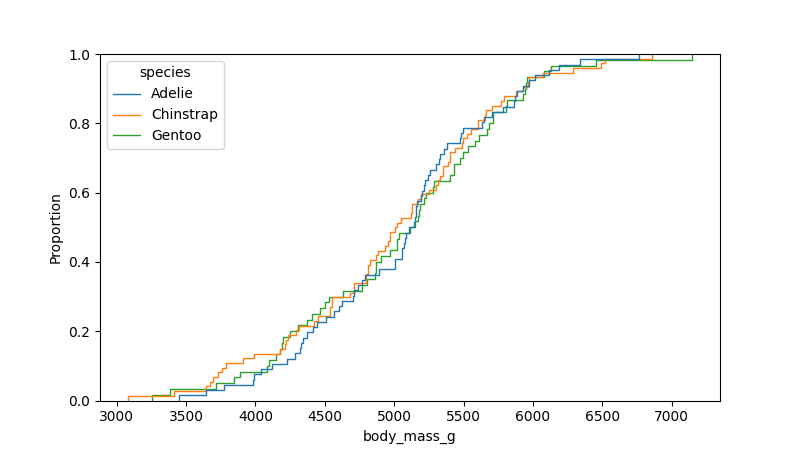
python, seaborn, ecdfplot, column='body_mass_g', hue='species', stat='proportion', linewidth=1.0